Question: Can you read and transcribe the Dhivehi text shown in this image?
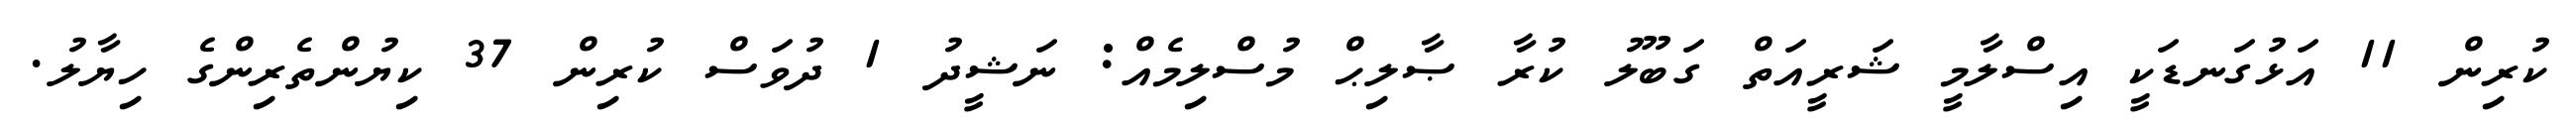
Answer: ކުރިން 11 އަޅުގަނޑަކީ އިސްލާމީ ޝަރީއަތް ގަބޫލު ކުރާ ޞާލިޙް މުސްލިމެއް: ނަޝީދު 1 ދުވަސް ކުރިން 37 ކިޔުންތެރިންގެ ހިޔާލު.